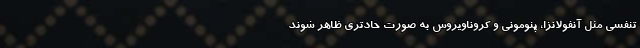
تنفسی مثل آنفولانزا، پنومونی و کروناویروس به صورت حادتری ظاهر شوند